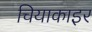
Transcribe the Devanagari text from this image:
चियाकाइर